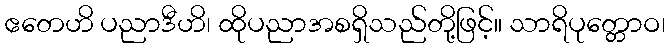
ဧတေဟိ ပညာဒီဟိ၊ ထိုပညာအစရှိသည်တို့ဖြင့်။ သာရိပုတ္တောဝ၊